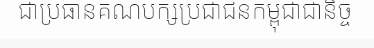
ជាប្រធានគណបក្សប្រជាជនកម្ពុជាជានិច្ច